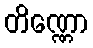
တိဏ္ဏော